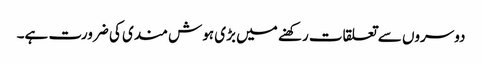
دوسروں سے تعلقات رکھنے میں بڑی ہوش مندی کی ضرورت ہے۔